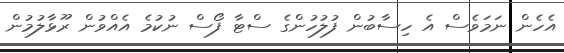
އެހެން ނަމަވެސް އެ ހިސާބުން ފުލުހުންގެ ސްޓާ ފޯސް ނުކުމެ އެއްވުން ރޫޅާލުމުން